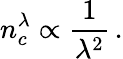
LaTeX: n_{c}^{\lambda}\propto\frac{1}{\lambda^{2}}\, .